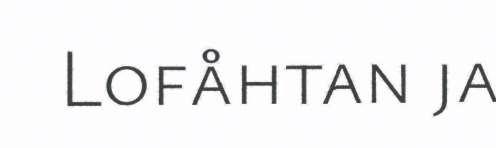
Lofåhtan ja